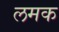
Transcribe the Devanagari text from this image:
लमक